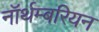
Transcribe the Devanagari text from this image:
नॉर्थम्बरियन